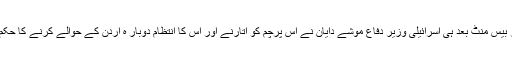
مگر بیس منٹ بعد ہی اسرائیلی وزیر دفاع موشے دایان نے اس پرچم کو اتارنے اور اس کا انتظام دوبار ہ اردن کے حوالے کرنے کا حکم دیا۔